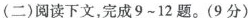
(二)阅读下文，完成9~12题。(9分)